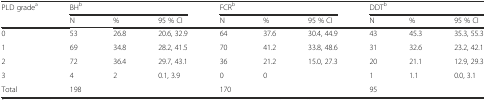
| PLD gradea | <COLSPAN=3> BHb | <COLSPAN=3> FCRb | <COLSPAN=3> DDTb |
 |  | N | % | 95 % CI | N | % | 95 % CI | N | % | 95 % CI |
 | --- | --- | --- | --- | --- | --- | --- | --- | --- | --- |
 | 0 | 53 | 26.8 | 20.6, 32.9 | 64 | 37.6 | 30.4, 44.9 | 43 | 45.3 | 35.3, 55.3 |
 | 1 | 69 | 34.8 | 28.2, 41.5 | 70 | 41.2 | 33.8, 48.6 | 31 | 32.6 | 23.2, 42.1 |
 | 2 | 72 | 36.4 | 29.7, 43.1 | 36 | 21.2 | 15.0, 27.3 | 20 | 21.1 | 12.9, 29.3 |
 | 3 | 4 | 2 | 0.1, 3.9 | 0 | 0 |  | 1 | 1.1 | 0.0, 3.1 |
 | Total | 198 |  |  | 170 |  |  | 95 |  |  |